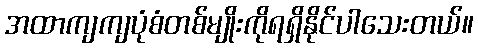
အထာကျကျပုံစံတစ်မျိုးကိုရရှိနိုင်ပါသေးတယ်။